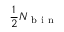
\frac { 1 } { 2 } N _ { \mathrm { ~ b ~ i ~ n ~ } }